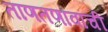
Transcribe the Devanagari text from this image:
ताणतणावांची